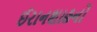
ઈરાનશાહનો